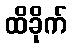
ထိခိုက်